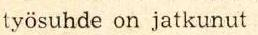
työsuhde on jatkunut